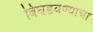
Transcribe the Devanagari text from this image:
बिघडवण्याचा